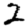
Digit: 2